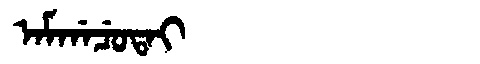
Manchu: ᠠᠮᡤᠠᠴᡠᡨᠠᡳ
Romanization: AMGACUTAI